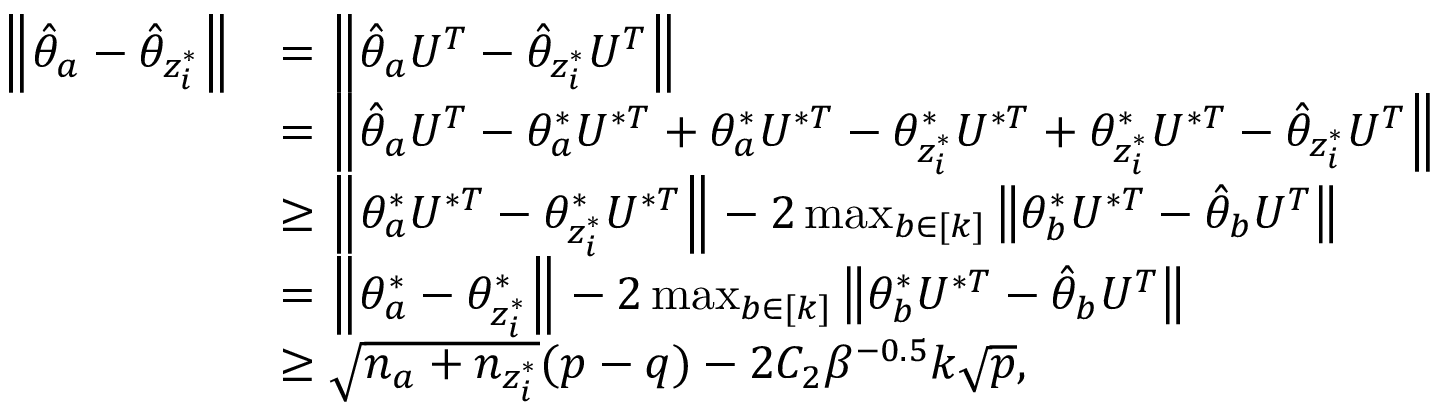
\begin{array} { r l } { \left\| { \hat { \theta } _ { a } - \hat { \theta } _ { z _ { i } ^ { * } } } \right\| } & { = \left\| { \hat { \theta } _ { a } U ^ { T } - \hat { \theta } _ { z _ { i } ^ { * } } U ^ { T } } \right\| } \\ & { = \left\| { \hat { \theta } _ { a } U ^ { T } - \theta _ { a } ^ { * } U ^ { * T } + \theta _ { a } ^ { * } U ^ { * T } - \theta _ { z _ { i } ^ { * } } ^ { * } U ^ { * T } + \theta _ { z _ { i } ^ { * } } ^ { * } U ^ { * T } - \hat { \theta } _ { z _ { i } ^ { * } } U ^ { T } } \right\| } \\ & { \geq \left\| { \theta _ { a } ^ { * } U ^ { * T } - \theta _ { z _ { i } ^ { * } } ^ { * } U ^ { * T } } \right\| - 2 \operatorname* { m a x } _ { b \in [ k ] } \left\| { \theta _ { b } ^ { * } U ^ { * T } - \hat { \theta } _ { b } U ^ { T } } \right\| } \\ & { = \left\| { \theta _ { a } ^ { * } - \theta _ { z _ { i } ^ { * } } ^ { * } } \right\| - 2 \operatorname* { m a x } _ { b \in [ k ] } \left\| { \theta _ { b } ^ { * } U ^ { * T } - \hat { \theta } _ { b } U ^ { T } } \right\| } \\ & { \geq \sqrt { n _ { a } + n _ { z _ { i } ^ { * } } } ( p - q ) - 2 C _ { 2 } \beta ^ { - 0 . 5 } k \sqrt { p } , } \end{array}